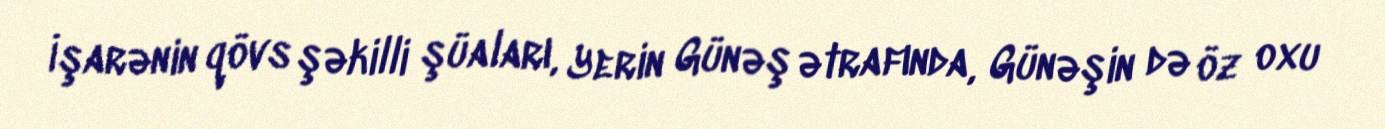
İşarənin qövs şəkilli şüaları, Yerin Günəş ətrafında, Günəşin də öz oxu